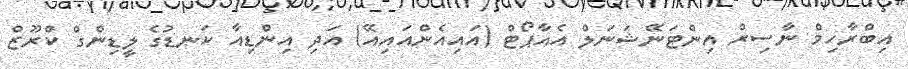
އިބްރާހިމް ނާސިރް އިންޓަނޭޝަނަލް އެއާޕޯޓް (އައިއެންއައިއޭ) އަދި އިންޑިއާ ކަނޑުގެ ލީޑިންގް ކްރޫޒް